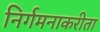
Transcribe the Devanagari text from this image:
निर्गमनाकरीता